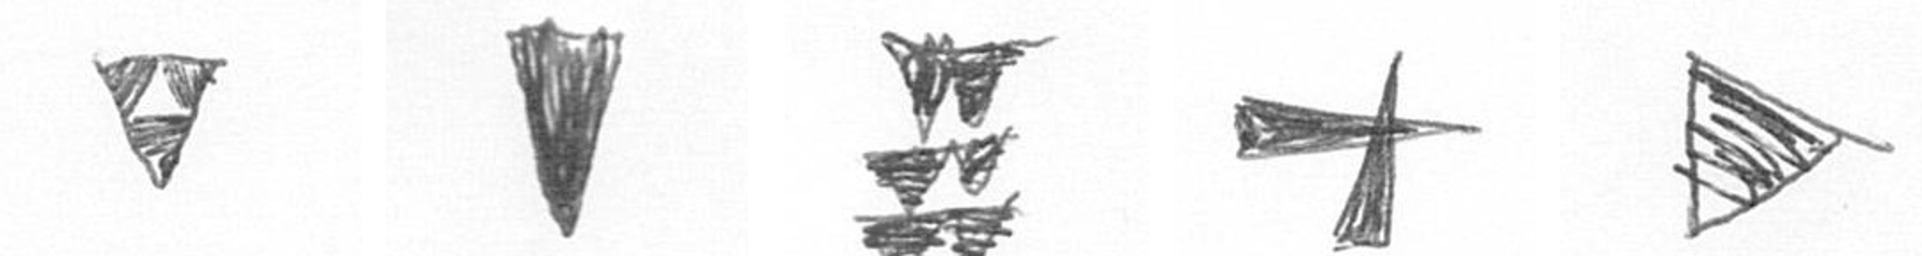
S J Y G T